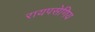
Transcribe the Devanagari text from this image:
रायपसेणिय